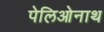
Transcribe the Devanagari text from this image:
पेलिओनाथ